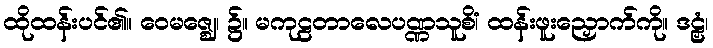
ထိုထန်းပင်၏။ ဝေမဇ္ဈေ၊ ၌။ မကုဠတာလေပဏ္ဏသူစိံ၊ ထန်းဖူးညှောက်ကို။ ဒဠှံ၊